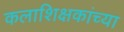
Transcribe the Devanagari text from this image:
कलाशिक्षकांच्या